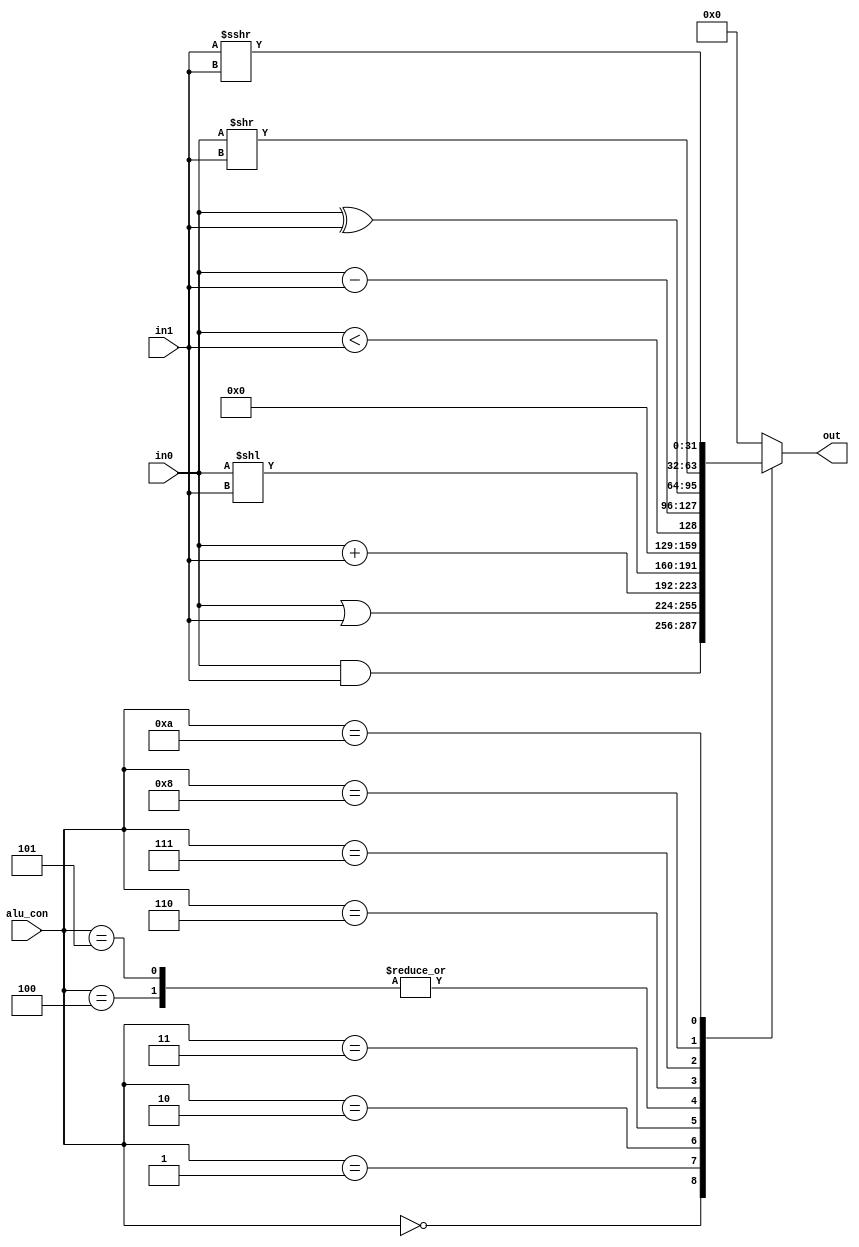
module ALU (
    input [31:0] in0, in1,
    input [3:0] alu_con,
    output reg [31:0] out
);

    always@(*) begin

        case (alu_con)
            4'b0000: out = in0 & in1;       //and
            4'b0001: out = in0 | in1;       //or
            4'b0010: out = in0 + in1;
            4'b0011: out = in0 << in1;
            4'b0100: out = (in0 < in1);
            4'b0101: out = ($unsigned(in0) < $unsigned(in1));
            4'b0110: out = in0 - in1;
            4'b0111: out = in0 ^ in1;
            4'b1000: out = in0 >> in1;
            4'b1010: out = in1 >>> in1;
            default: out = 32'b0;
        endcase
    end
    
endmodule